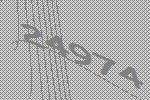
24974